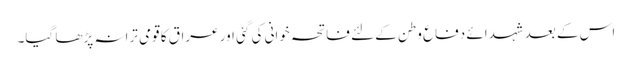
اس کے بعد شہدائے دفاع وطن کے لئے فاتحہ خوانی کی گئی اور عراق کا قومی ترانہ پڑھا گیا۔